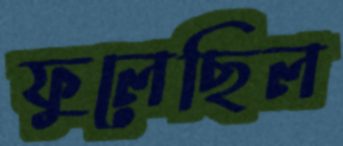
ফুলেছিল